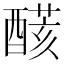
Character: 𨢟